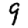
Digit: 9